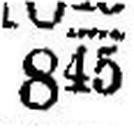
845